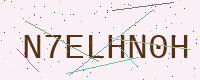
Text: N7ELHN0H